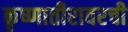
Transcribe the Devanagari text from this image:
कृष्णातीरावरची